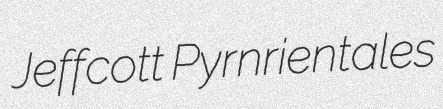
Jeffcott Pyrnrientales